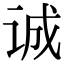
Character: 诚